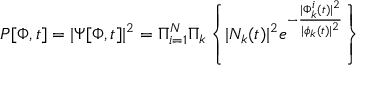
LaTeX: { \cal P } [ \Phi , t ] = | \Psi [ \Phi , t ] | ^ { 2 } = \Pi _ { i = 1 } ^ { N } \Pi _ { k } \left\{ | N _ { k } ( t ) | ^ { 2 } e ^ { - \frac { | \Phi _ { k } ^ { i } ( t ) | ^ { 2 } } { | \phi _ { k } ( t ) | ^ { 2 } } } \right\}